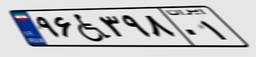
۹۶W۳۹۸۰۱